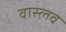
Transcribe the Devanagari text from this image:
वास्लव